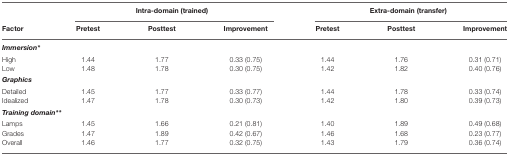
|  | <COLSPAN=3> Intra-domain (trained) | <COLSPAN=3> Extra-domain (transfer) |
 | Factor | Pretest | Posttest | Improvement | Pretest | Posttest | Improvement |
 | --- | --- | --- | --- | --- | --- | --- |
 | Immersion* |
 | High | 1.44 | 1.77 | 0.33 (0.75) | 1.44 | 1.76 | 0.31 (0.71) |
 | Low | 1.48 | 1.78 | 0.30 (0.75) | 1.42 | 1.82 | 0.40 (0.76) |
 | Graphics |
 | Detailed | 1.45 | 1.77 | 0.33 (0.77) | 1.44 | 1.78 | 0.33 (0.74) |
 | Idealized | 1.47 | 1.78 | 0.30 (0.73) | 1.42 | 1.80 | 0.39 (0.73) |
 | Training domain** |
 | Lamps | 1.45 | 1.66 | 0.21 (0.81) | 1.40 | 1.89 | 0.49 (0.68) |
 | Grades | 1.47 | 1.89 | 0.42 (0.67) | 1.46 | 1.68 | 0.23 (0.77) |
 | Overall | 1.46 | 1.77 | 0.32 (0.75) | 1.43 | 1.79 | 0.36 (0.74) |